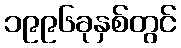
၁၉၉၆ခုနှစ်တွင်